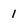
Character: 1